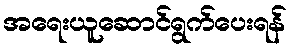
အရေးယူဆောင်ရွက်ပေးရန်